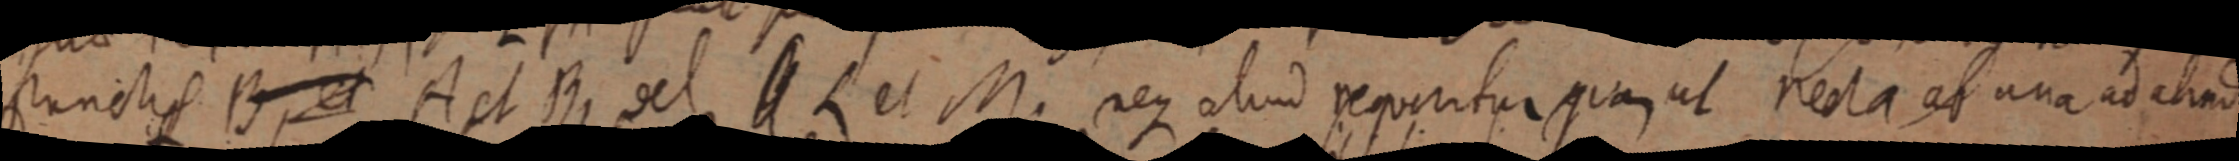
punctis B, et A et B, vel _ L et M. neque aliud reponitur quam ut recta ab una ad aliud